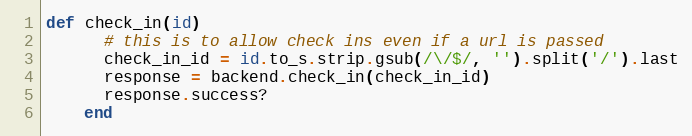
Language: Ruby
def check_in(id)
      # this is to allow check ins even if a url is passed
      check_in_id = id.to_s.strip.gsub(/\/$/, '').split('/').last
      response = backend.check_in(check_in_id)
      response.success?
    end